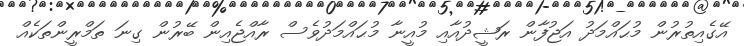
އޭގެއިތުރުން މުޙައްމަދު އަޖުފާން ރަޝީދުއާއި މުއީނާ މުޙައްމަދުވެސް ރާއްޖެއިން ބޭރުން ގިނަ ތަމްރީންތަކެއް